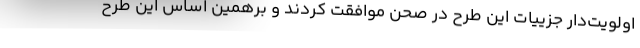
اولویت‌دار جزییات این طرح در صحن موافقت کردند و برهمین اساس این طرح